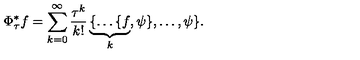
\Phi _ { \tau } ^ { * } f = \sum _ { k = 0 } ^ { \infty } \frac { \tau ^ { k } } { k ! } \underbrace { \{ \ldots \{ f } _ { k } , \psi \} , \ldots , \psi \} .